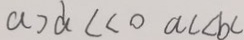
a > d c < 0 a c < b c